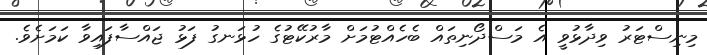
މިނިސްޓަރު ވިދާޅުވީ އެ މަސްދޯނިތައް ބެހެއްޓުމަށް މާރުކޭޓުގެ ހުޅަނގު ފަޅު ޖައްސާފައިވާ ކަމަށެވެ.